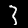
Label: 3